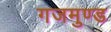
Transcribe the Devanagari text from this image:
गजमुण्ड